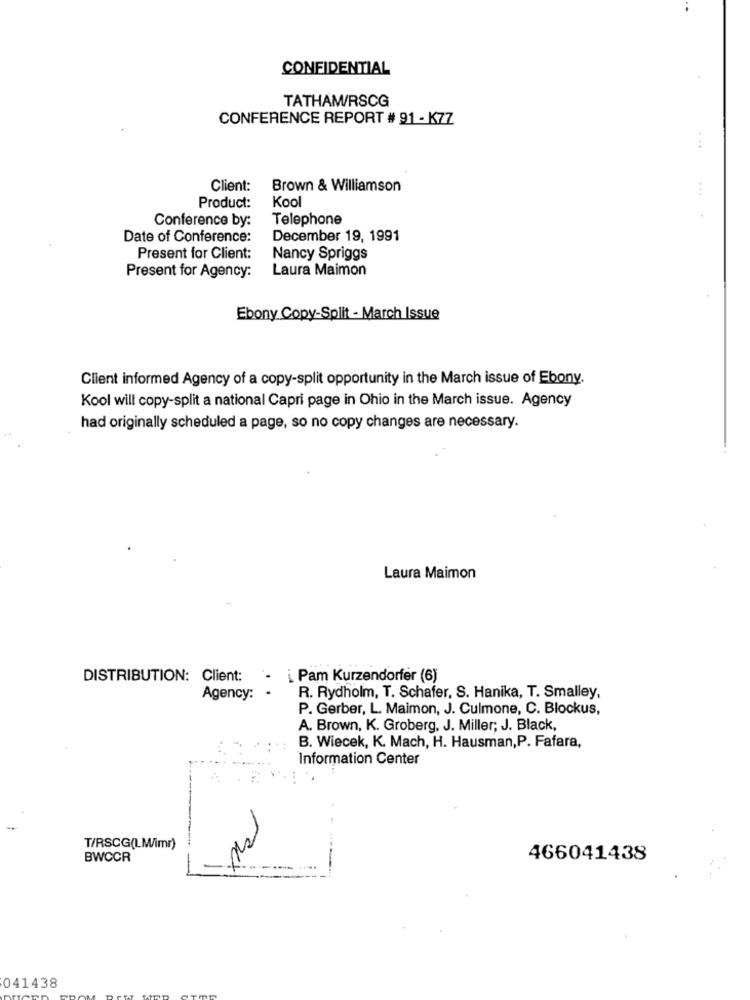
CONFIDENTIAL
TATHAM/RSCG
CONFERENCE REPORT # 91 - K77
Client:
Brown & Williamson
Kool
Product:
Conference by:
Telephone
Date of Conference:
December 19, 1991
Present for Client:
Nancy Spriggs
Laura Maimon
Present for Agency:
Ebony Copy-Split - March Issue
Client informed Agency of a copy-split opportunity in the March issue of Ebony.
Kool will copy-split a national Capri page in Ohio in the March issue. Agency
had originally scheduled a page, so no copy changes are necessary.
Laura Maimon
DISTRIBUTION: Client:
- i Pam Kurzendorfer (6)
Agency: .
R. Rydholm, T. Schafer, S. Hanika, T. Smalley,
P. Gerber, L. Maimon, J. Culmone, C. Blockus,
A. Brown, K. Groberg, J. Miller; J. Black,
B. Wiecek, K. Mach, H. Hausman,P. Fafara,
Information Center
T/RSCG(LM/imr)
BWCCR
466041438
-
041438